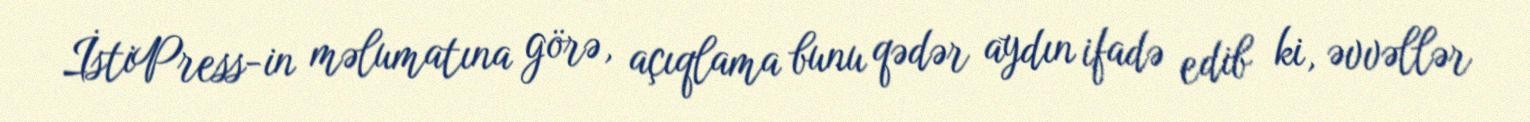
İstiPress-in məlumatına görə, açıqlama bunu qədər aydın ifadə edib ki, əvvəllər